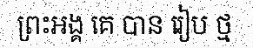
ព្រះអង្គ គេ បាន រៀប ថ្ម